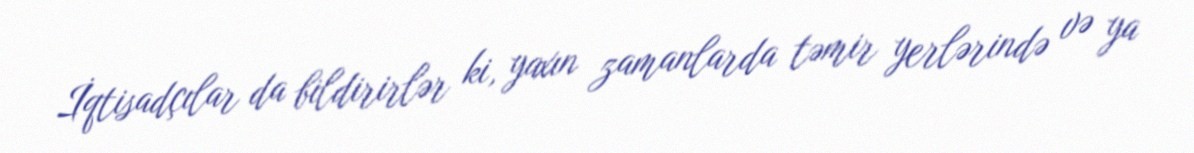
İqtisadçılar da bildirirlər ki, yaxın zamanlarda təmir yerlərində və ya